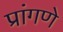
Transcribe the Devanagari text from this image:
प्रांगणे